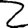
Digit: 2